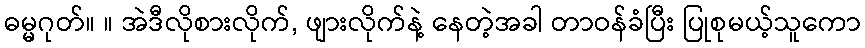
ဓမ္မဂုတ်။ ။ အဲဒီလိုစားလိုက်, ဖျားလိုက်နဲ့ နေတဲ့အခါ တာဝန်ခံပြီး ပြုစုမယ့်သူကော